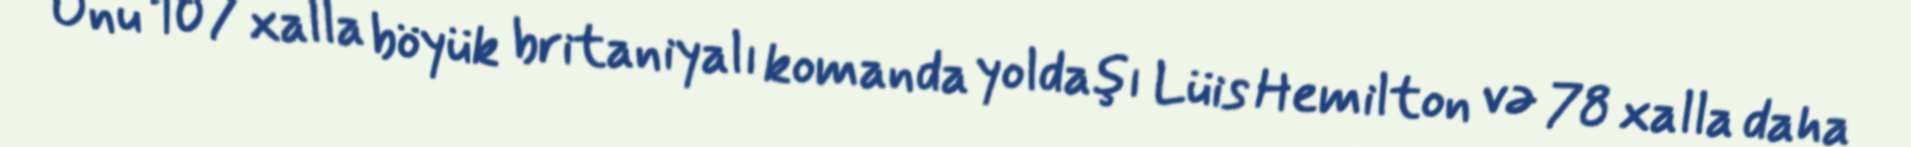
Onu 107 xalla böyük britaniyalı komanda yoldaşı Lüis Hemilton və 78 xalla daha